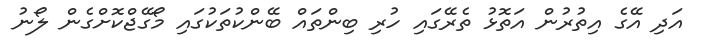
އަދި އޭގެ އިތުރުން އަތޮޅު ތެރޭގައި ހުރި ބިންތައް ބޭންކުތަކުގައި މޯގޭޖްކޮށްގެން ލޯނު